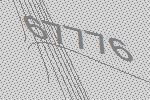
67776